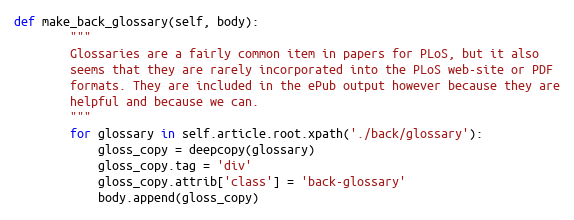
Language: Python
def make_back_glossary(self, body):
        """
        Glossaries are a fairly common item in papers for PLoS, but it also
        seems that they are rarely incorporated into the PLoS web-site or PDF
        formats. They are included in the ePub output however because they are
        helpful and because we can.
        """
        for glossary in self.article.root.xpath('./back/glossary'):
            gloss_copy = deepcopy(glossary)
            gloss_copy.tag = 'div'
            gloss_copy.attrib['class'] = 'back-glossary'
            body.append(gloss_copy)